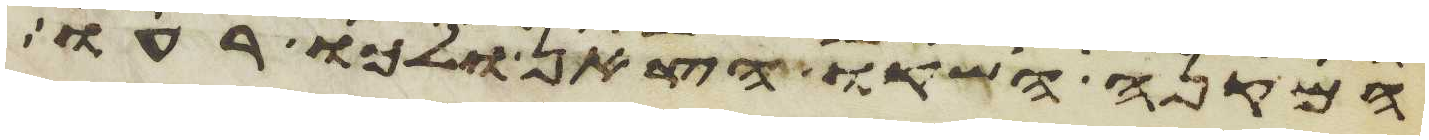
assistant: המקנה השקו הצאן ולכו רעו